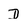
Character: D